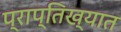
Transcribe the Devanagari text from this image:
प्राप्तिख्यात